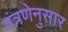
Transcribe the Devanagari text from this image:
यंत्रणेनुसार